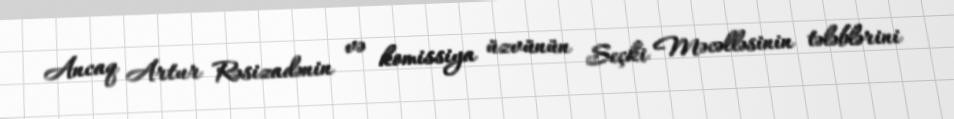
Ancaq Artur Rəsizadənin və komissiya üzvünün Seçki Məcəlləsinin tələblərini